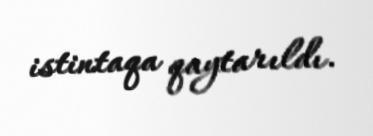
istintaqa qaytarıldı.